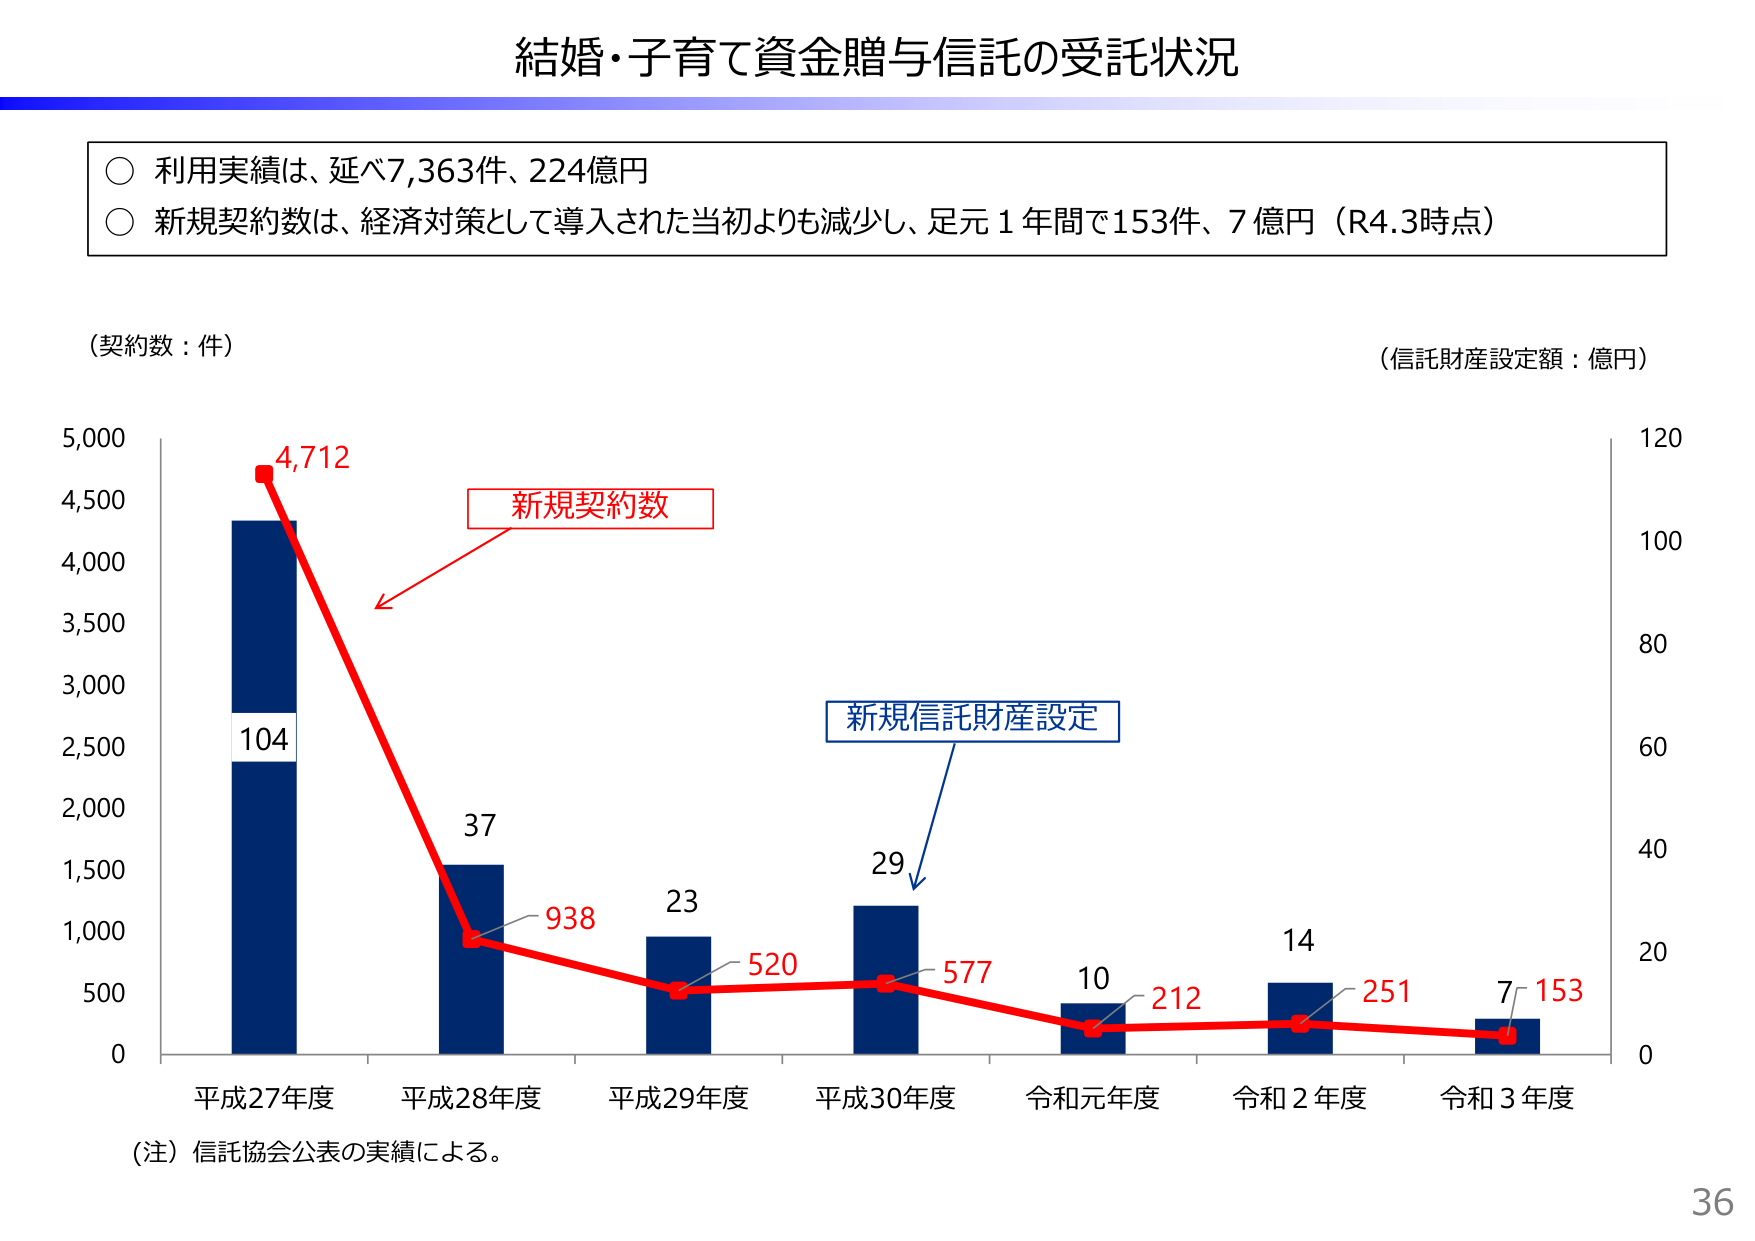
結婚・子育て資金贈与信託の受託状況

○ 利用実績は、延べ7,363件、224億円
○ 新規契約数は、経済対策として導入された当初よりも減少し、足元１年間で153件、7億円（R4.3時点）

（契約数：件）
（信託財産設定額：億円）

4,712
新規契約数
104
37
938
23
520
29
577
10
212
14
251
7
153
新規信託財産設定

平成27年度
平成28年度
平成29年度
平成30年度
令和元年度
令和2年度
令和3年度

（注）信託協会公表の実績による。

36